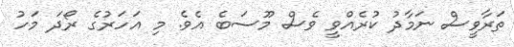
ތަރާވީސް ނަމާދު ކުރެއްވީ ވެސް މޫސަބެ އެވެ. މި އަހަރުގެ ރޯދަ މަހު